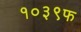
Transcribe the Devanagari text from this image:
१०३९फ